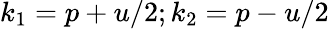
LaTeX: k_{1}=p+u/2;k_{2}=p-u/2